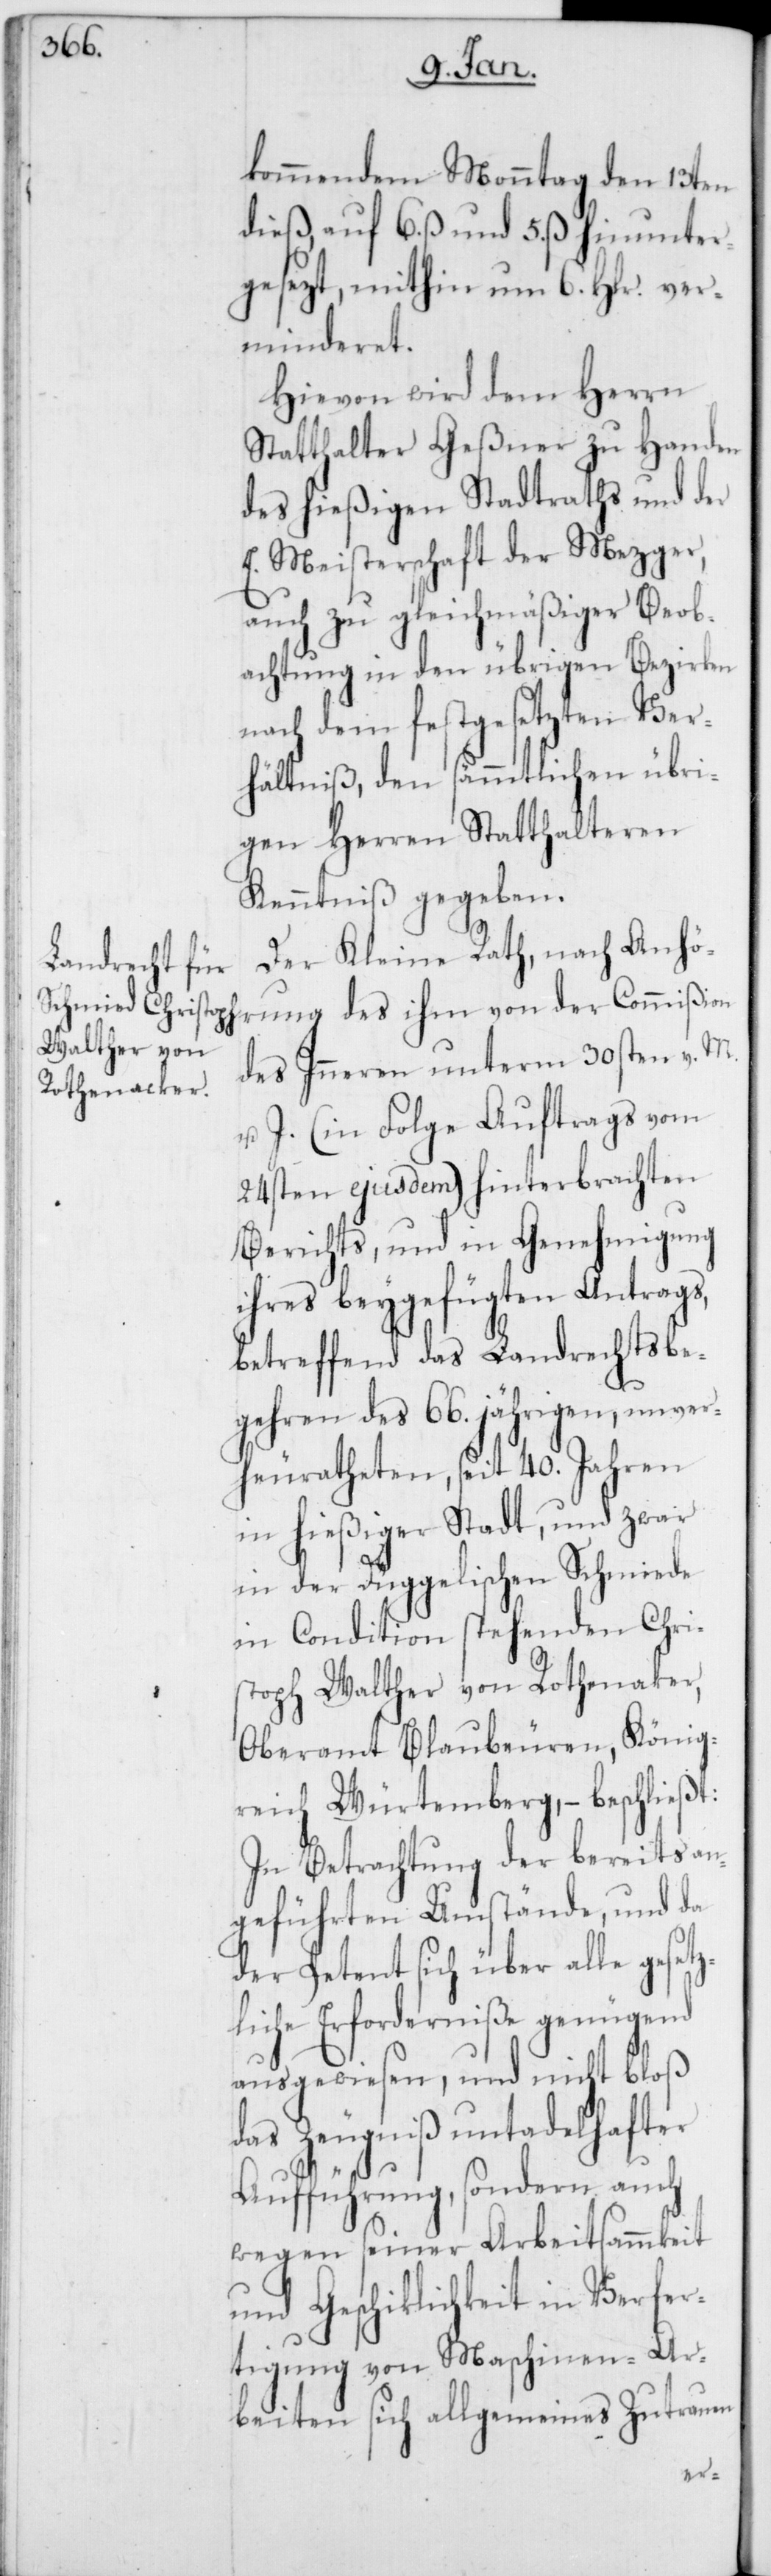
kommendem Monntag den 13ten
dieß, auf 6. ß und 5. ß hinunter¬
gesezt, mithin um 6. Hlr. ver¬
minderet.
Hievon wird dem Herrn
Statthalter Geßner zu Handen
des hießigen Stadtraths und der
E. Meisterschaft der Mezger,
auch zu gleichmäßiger Beob¬
achtung in den übrigen Bezirken
nach dem festgesetzten Ver¬
hältniß, den sämmtlichen übri¬
gen Herren Statthalteren
Kenntniß gegeben.
Der Kleine Rath, nach Anhö¬
rung des ihm von der Commißion
des Inneren unterm 30sten v. M.
u. J. (in Folge Auftrags vom
24sten ejusdem) hinterbrachten
Berichts, und in Genehmigung
ihres beygefügten Antrags,
betreffend das Landrechtsbe¬
gehren des 66. jährigen, unver¬
heuratheten, seit 40. Jahren
in hießiger Stadt, und zwar
in der Düggelischen Schmiede
in Condition stehenden Chri¬
stoph Walther von Rothenaker,
Oberamt Blaubeuren, König¬
reich Würtemberg, – beschließt:
In Betrachtung der bereits an¬
geführten Umstände, und da
der Petent sich über alle gesetz¬
liche Erforderniße genügend
ausgewiesen, und nicht bloß
das Zeugniß untadelhafter
Aufführung, sondern auch
wegen seiner Arbeitsammkeit
und Geschiklichkeit in Verfer¬
tigung von Maschinen-Ar¬
beiten sich allgemeines Zutrauen